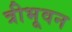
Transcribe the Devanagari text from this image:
त्रीभूवन